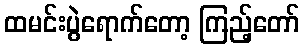
ထမင်းပွဲရောက်တော့ ကြည့်တော်